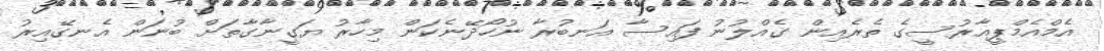
އެމްއެމްޕީއާރުސީގެ ތެރެއިން ގެއްލުނު ފައިސާ އަނބުރާ ނުހޯދޭނެކަން މިހާރު ޔަގީނާގާތަށް ބުނަން އެނގޭއިރު